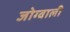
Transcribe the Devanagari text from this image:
जोग्वाली